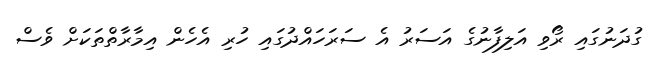
ގުދަނުގައި ރޯވި އަލިފާނުގެ އަސަރު އެ ސަރަހައްދުގައި ހުރި އެހެން އިމާރާތްތަކަށް ވެސް